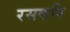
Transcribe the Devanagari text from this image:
रसकवि